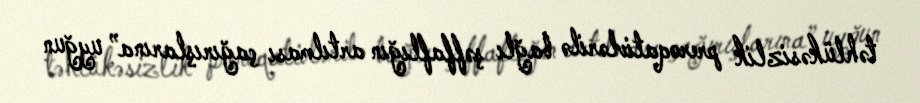
təhlükəsizlik preroqativlərilə bağlı şəffaflığın artılması çağırışlarına” uyğun